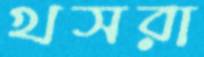
খসরা